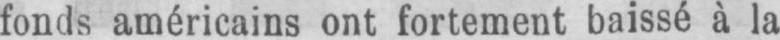
fonds américains ont fortement baissé à la